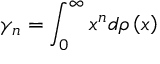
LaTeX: \gamma _ { n } = \int _ { 0 } ^ { \infty } x ^ { n } d \rho \left( x \right)